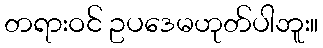
တရားဝင် ဥပဒေမဟုတ်ပါဘူး။